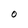
Character: O